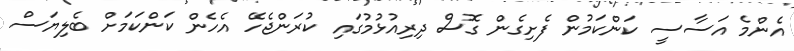
އެންމެ އަސާސީ ކަންކަމުން ފެށިގެން ގޮސް ދިރިއުޅުމުގައި ކުރަންޖެހޭ އެހެން ކަންކަމަށް ބެލިޔަސް